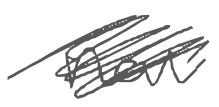
Text: new
Cross-out: scratch
Writing tool: digital_gray